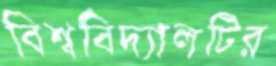
বিশ্ববিদ্যালটির